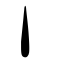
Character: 丶